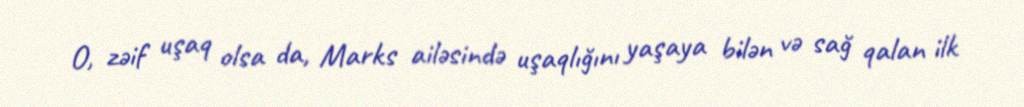
O, zəif uşaq olsa da, Marks ailəsində uşaqlığını yaşaya bilən və sağ qalan ilk